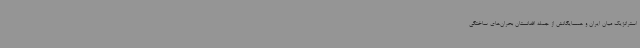
استراتژیک میان ایران و همسایگانش از جمله افغانستان بحران‌های ساختگی